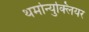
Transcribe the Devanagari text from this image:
थर्मोन्युक्लियर